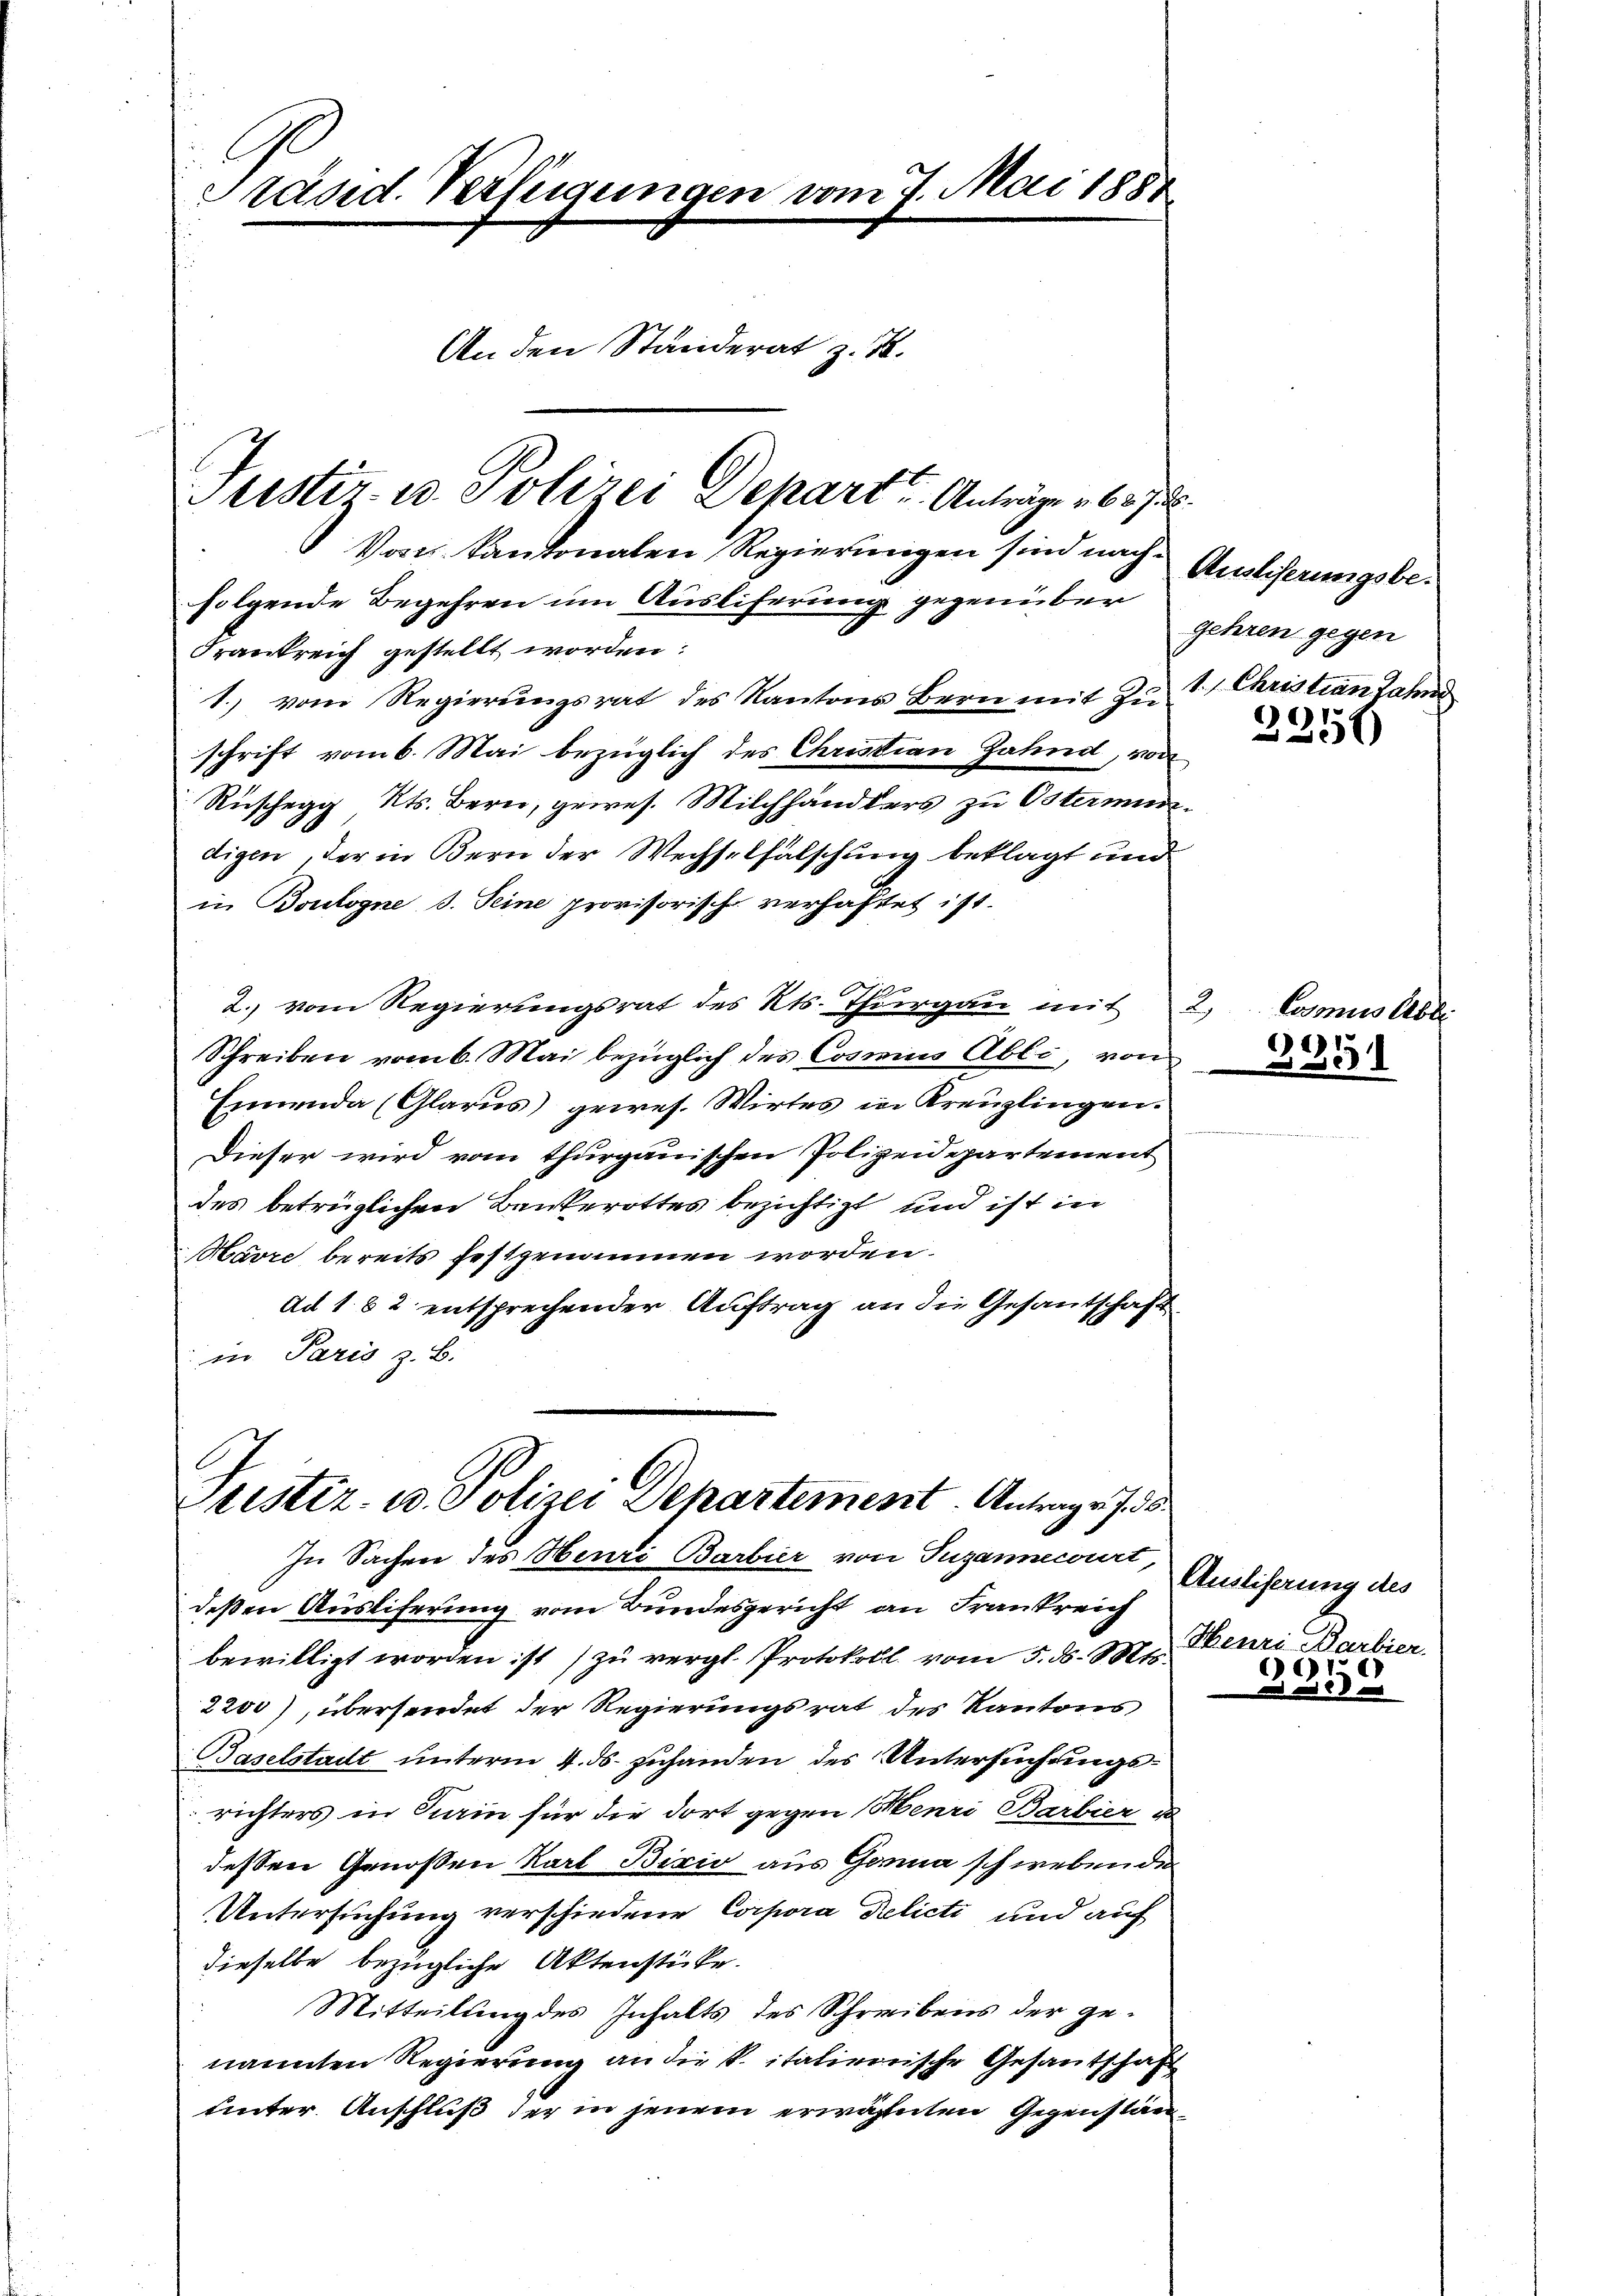
Von Kantonalen Regierungen sind nach Auslicherungsbefolgende Begehren um Ausliferung gegenüber
Frankreich gestellt worden:
1. vom Regierungsrat des Kantons Bern mit Zu
schrift vom 6. Mai bezüglich des Christian Zahnd, von
Rüschegg, Kts. Bern, gewes. Milchhändlers zu Ostermindigen, der in Bern der Wechselfälschung beklagt und
in Boulogne s. Seine provisorische verhaftet ist.
2. vom Regierungsrat des Kts. Thurgau mit 2
Schreiben vom 6. Mai bezüglich des Cosmius Abli, von
Einenda (Glarus) gewes. Wirtes in Kreuzlingen.
Dieser wird vom thurgauischen Polizeidepartement
des betrüglichen Bankerottes bezichtigt, und ist in
Marre bereits festgenommen worden.
ad 1. 82 entsprechender Auftrag an die Gesantschaft
in Paris z. B.

Präsid. Verfügungen vom 7. Mai 1881
An den Ständerat z. B.
Justiz- u. Polizei Depart u. Anträge v. 6. J

Leister- u. Polizei Departement. Antrage d

In Sachen des Henri Barbier von Susannecourt,
deßen Ausliferung vom Bundesgericht an Frankreich
bewilligt worden ist) zu vergl. Protokoll vom 5. ds. Mts.
2200), übersendet der Regierungsrat des Kantons
Baselstadt unterm 4. ds. zuhanden des Untersuchungsrichters in Sein für die dort gegen (enri Barbier de
dessen Genossen Karl Bixio aus Gonna schwebende
Untersuchung verschiedene Corpora Delicti und auf
dieselbe bezügliche Aktenstücke.
Mitteilung des Inhalts des Schreibens der genannten Regierung an die k. italienische Gesantschaft
unter Anschluß der in jenem erwähnten Gegenstän¬

gehren gegen
1. Christian Jahns

2256

Losmus Abli

)
Be

Ausliserung des
Henri Barbier.
391

6